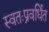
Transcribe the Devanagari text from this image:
स्वतःप्रवर्धित